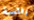
رئاسة